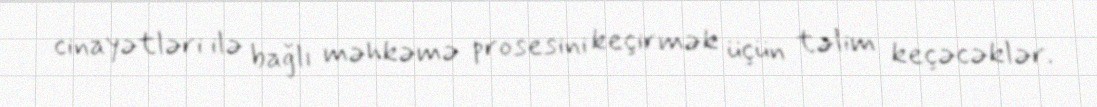
cinayətləri ilə bağlı məhkəmə prosesini keçirmək üçün təlim keçəcəklər.